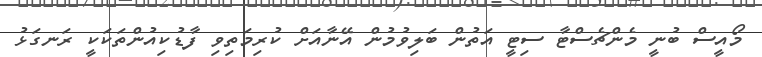
މޯއީސް ބުނީ މެންޗެސްޓާ ސިޓީ އަތުން ބަލިވުމުން އޭނާއަށް ކުރިމަތިވި ފާޑުކިއުންތަކަކީ ރަނގަޅު